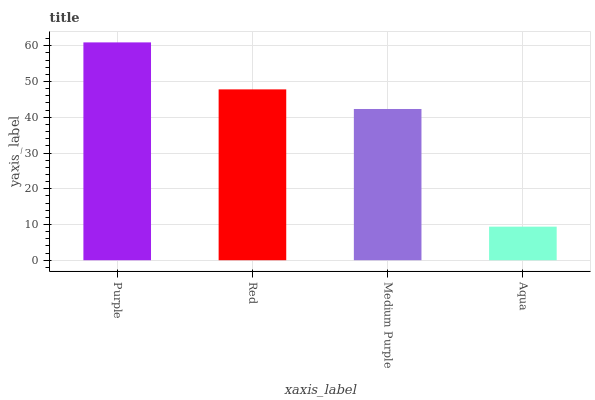
| xaxis_label | bars |
 | --- | --- |
 | Purple | 60.9 |
 | Red | 47.8 |
 | Medium Purple | 42.3 |
 | Aqua | 9.39 |